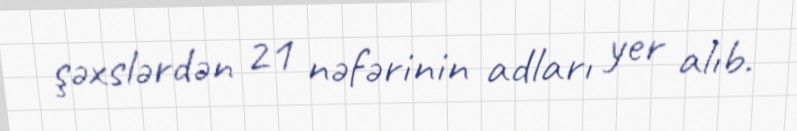
şəxslərdən 21 nəfərinin adları yer alıb.